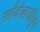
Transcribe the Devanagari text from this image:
सौदेबाजीतून